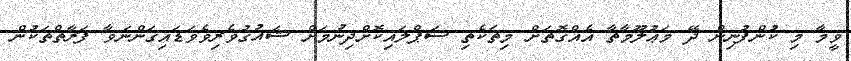
ވީމާ މި ކުންފުނިން ދޭ މަޢުލޫމާތާ އެއްގޮތަށް މިތަކެތި ސަޕްލައިކޮށްދިނުމަށް ޝައުޤުވެރިވެވަޑައިގަންނަވާ ފަރާތްތަކުން